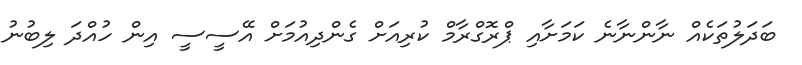
ބަދަލުތަކެއް ނާންނާނެ ކަމަށާއި ޕްރޮގްރާމް ކުރިއަށް ގެންދިއުމަށް އޭސީސީ އިން ހުއްދަ ލިބުނު